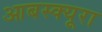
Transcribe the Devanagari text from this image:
आबस्क्यूरा